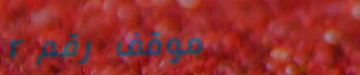
موقف رقم ٢